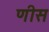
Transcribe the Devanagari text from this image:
णीस